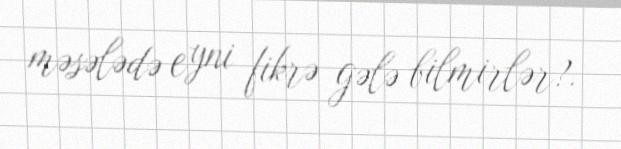
məsələdə eyni fikrə gələ bilmirlər?.